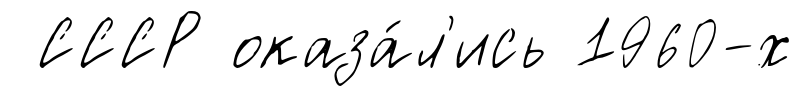
СССР оказа́л'ись 1960-х